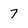
Character: 7